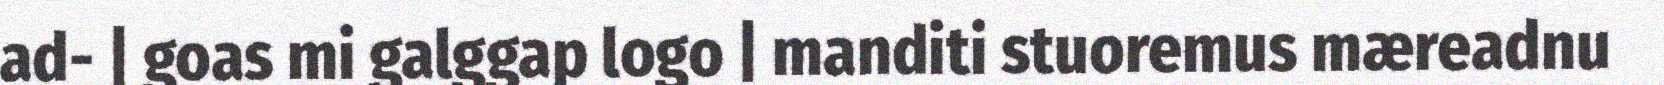
ad- | goas mi galggap logo | manditi stuoremus mæreadnu